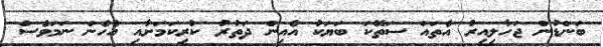
ބަންޑުން ޖަހާލިއިރު އެތައް ސަތޭކަ ބަޔަކު އެއިން ދަތުރު ކުރިކަމަށާއި އެހެން ނަމަވެސް